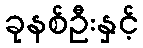
ခုနစ်ဦးနှင့်